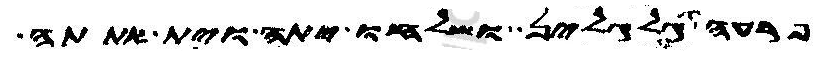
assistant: פרעה גלגלין ושלחו יתה וית אתתה